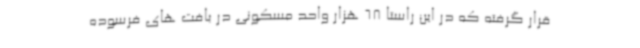
قرار گرفته که در این راستا 68 هزار واحد مسکونی در بافت های فرسوده